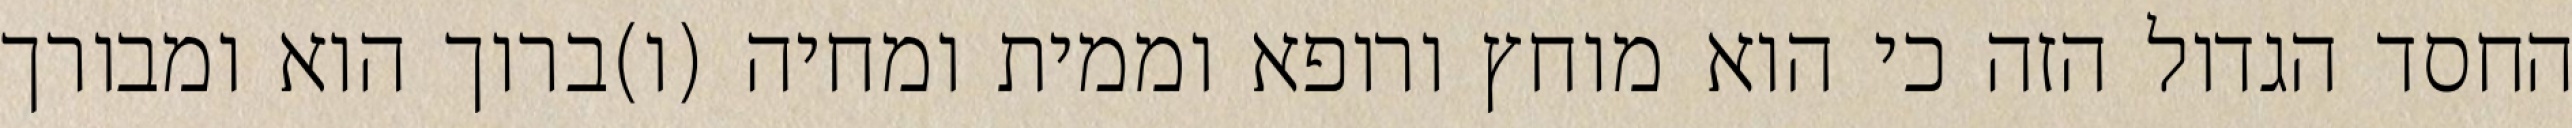
החסד הגדול הזה כי הוא מוחץ ורופא וממית ומחיה (ו)ברוך הוא ומבורך